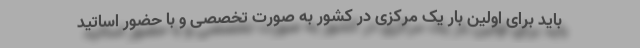
باید برای اولین بار یک مرکزی در کشور به صورت تخصصی و با حضور اساتید